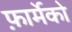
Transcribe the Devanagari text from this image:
फ़ार्मेको